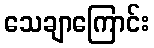
သေချာကြောင်း